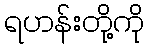
ရဟန်းတို့ကို